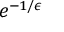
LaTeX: e ^ { - 1 / \epsilon }